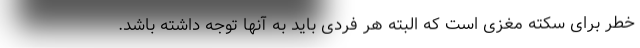
خطر برای سکته مغزی است که البته هر فردی باید به آنها توجه داشته باشد.